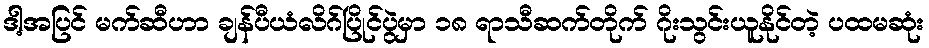
ဒါ့အပြင် မက်ဆီဟာ ချန်ပီယံလိဂ်ပြိုင်ပွဲမှာ ၁၈ ရာသီဆက်တိုက် ဂိုးသွင်းယူနိုင်တဲ့ ပထမဆုံး